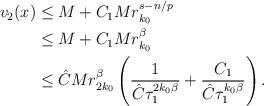
LaTeX: \begin{align*}\begin{aligned} v_{2}(x)&\leq M+C_1Mr_{k_0}^{s-n/p} \\ &\leq M+C_1Mr_{k_0}^{\beta}\\ &\leq \hat{C}Mr_{2k_0}^{\beta}\left(\frac{1}{\hat{C}\tau_1^{2k_0\beta}} +\frac{C_1}{\hat{C}\tau_1^{k_0\beta}}\right).\end{aligned}\end{align*}